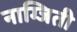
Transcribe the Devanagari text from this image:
नाग्जिती